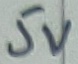
Text: 5V